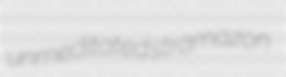
unmeditated stramazon